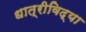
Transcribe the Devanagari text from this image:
धात्रीविद्या